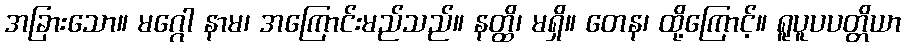
အခြားသော။ မဂ္ဂေါ နာမ၊ အကြောင်းမည်သည်။ နတ္ထိ၊ မရှိ။ တေန၊ ထို့ကြောင့်။ ရူပူပပတ္တိယာ